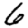
Digit: 6